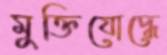
মুক্তিযোদ্ধে